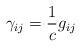
LaTeX: \begin{align*}\gamma_{ij} =\frac{1}{c} g_{ij} \end{align*}